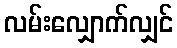
လမ်းလျှောက်လျှင်